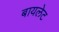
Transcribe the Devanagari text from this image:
बायलेट